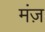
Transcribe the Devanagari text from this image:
मंज़